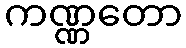
ကဏ္ဏတော